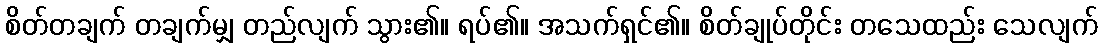
စိတ်တချက် တချက်မျှ တည်လျက် သွား၏။ ရပ်၏။ အသက်ရှင်၏။ စိတ်ချုပ်တိုင်း တသေထည်း သေလျက်